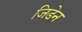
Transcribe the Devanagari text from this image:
जिडेन